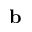
\bf { b }